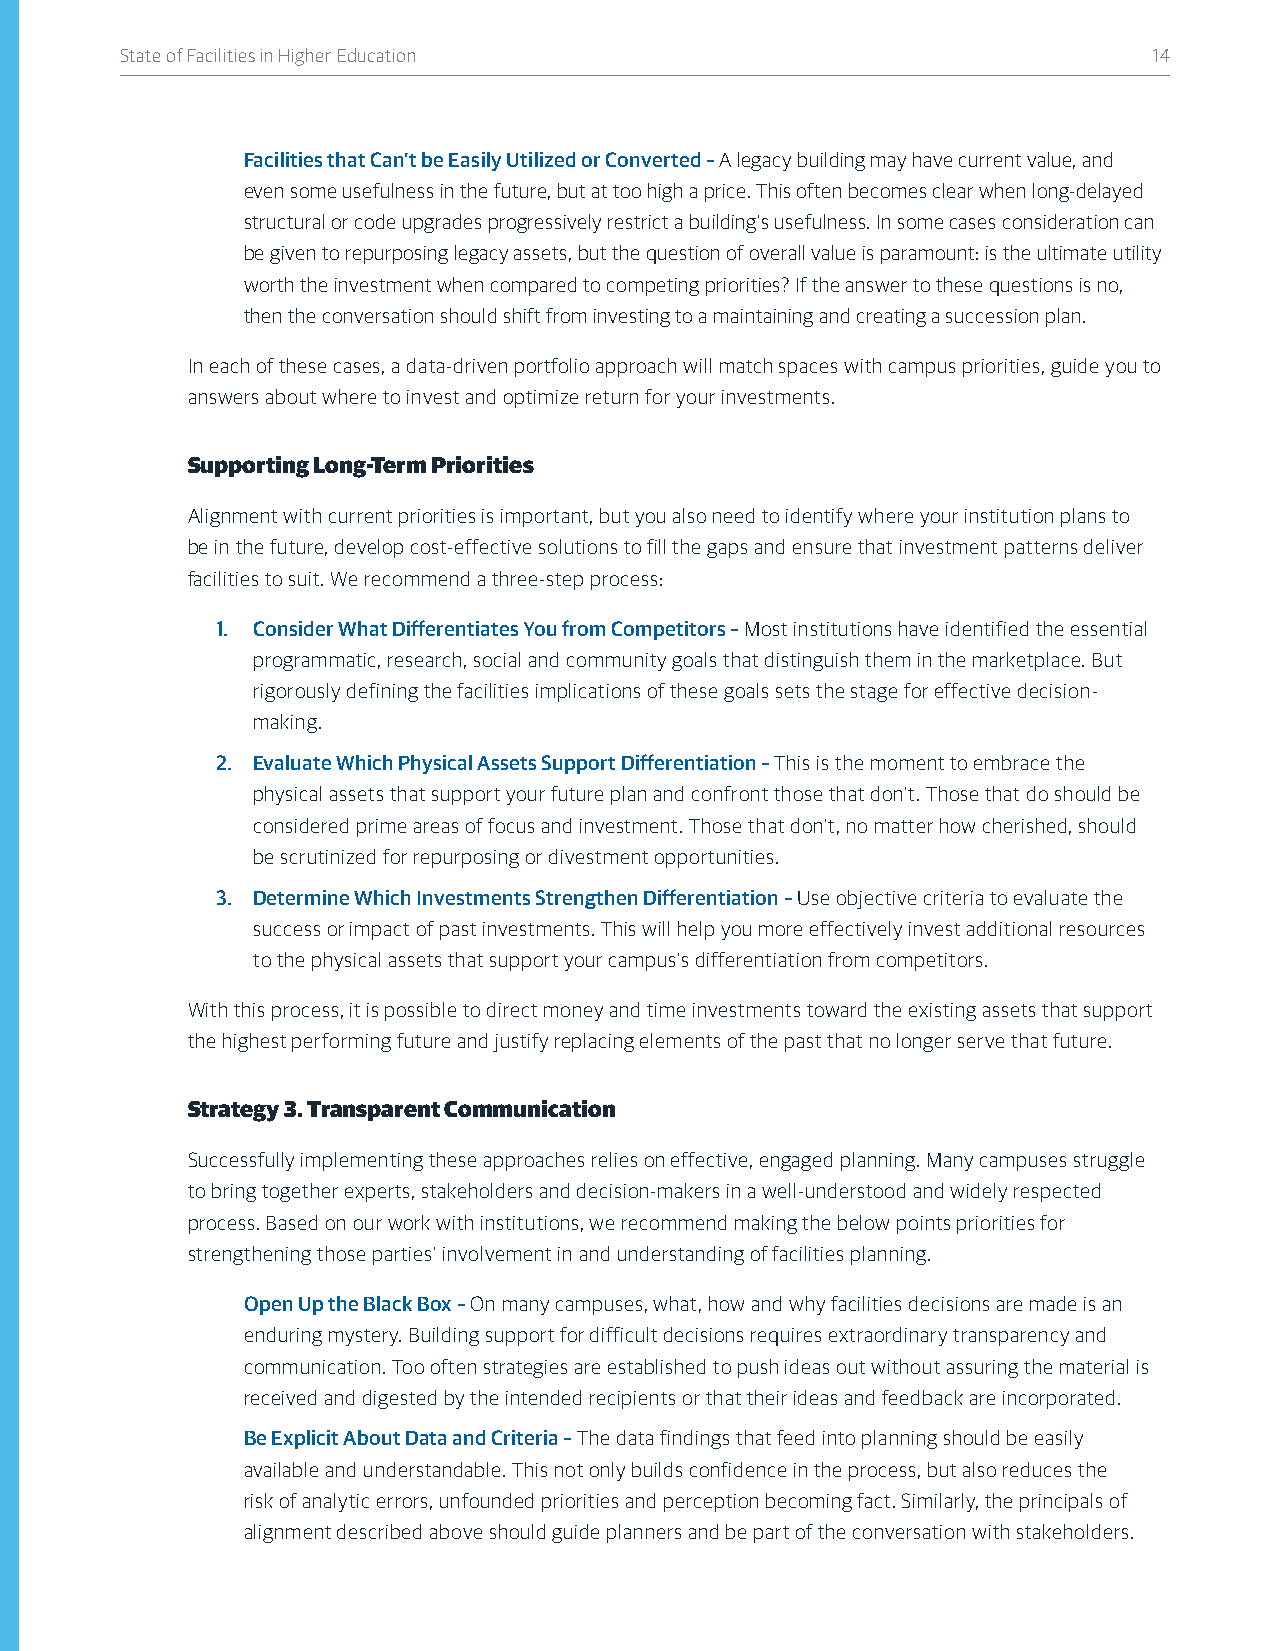
State of Facilities in Higher Education                             14
 Facilities that Can’t be Easily Utilized or Converted – A legacy building may have current value, and
 even some usefulness in the future, but at too high a price. This often becomes clear when long-delayed
 structural or code upgrades progressively restrict a building’s usefulness. In some cases consideration can
 be given to repurposing legacy assets, but the question of overall value is paramount: is the ultimate utility
 worth the investment when compared to competing priorities? If the answer to these questions is no,
 then the conversation should shift from investing to a maintaining and creating a succession plan.
 In each of these cases, a data-driven portfolio approach will match spaces with campus priorities, guide you to
 answers about where to invest and optimize return for your investments.
 Supporting Long-Term Priorities
 Alignment with current priorities is important, but you also need to identify where your institution plans to
 be in the future, develop cost-effective solutions to fill the gaps and ensure that investment patterns deliver
 facilities to suit. We recommend a three-step process:
 1. Consider What Differentiates You from Competitors – Most institutions have identified the essential
 programmatic, research, social and community goals that distinguish them in the marketplace. But
 rigorously defining the facilities implications of these goals sets the stage for effective decision-
 making.
 2. Evaluate Which Physical Assets Support Differentiation – This is the moment to embrace the
 physical assets that support your future plan and confront those that don’t. Those that do should be
 considered prime areas of focus and investment. Those that don’t, no matter how cherished, should
 be scrutinized for repurposing or divestment opportunities.
 3. Determine Which Investments Strengthen Differentiation – Use objective criteria to evaluate the
 success or impact of past investments. This will help you more effectively invest additional resources
 to the physical assets that support your campus’s differentiation from competitors.
 With this process, it is possible to direct money and time investments toward the existing assets that support
 the highest performing future and justify replacing elements of the past that no longer serve that future.
 Strategy 3. Transparent Communication
 Successfully implementing these approaches relies on effective, engaged planning. Many campuses struggle
 to bring together experts, stakeholders and decision-makers in a well-understood and widely respected
 process. Based on our work with institutions, we recommend making the below points priorities for
 strengthening those parties’ involvement in and understanding of facilities planning.
 Open Up the Black Box – On many campuses, what, how and why facilities decisions are made is an
 enduring mystery. Building support for difficult decisions requires extraordinary transparency and
 communication. Too often strategies are established to push ideas out without assuring the material is
 received and digested by the intended recipients or that their ideas and feedback are incorporated.
 Be Explicit About Data and Criteria – The data findings that feed into planning should be easily
 available and understandable. This not only builds confidence in the process, but also reduces the
 risk of analytic errors, unfounded priorities and perception becoming fact. Similarly, the principals of
 alignment described above should guide planners and be part of the conversation with stakeholders.